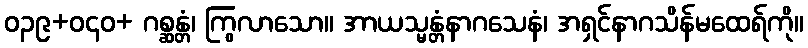
ဝ၃၉+ဝ၄၀+ ဂစ္ဆန္တံ၊ ကြွလာသော။ အာယသ္မန္တံနာဂသေနံ၊ အရှင်နာဂသိန်မထေရ်ကို။